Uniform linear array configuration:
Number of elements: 48
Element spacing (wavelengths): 0.25
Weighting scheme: cosine
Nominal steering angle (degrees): -30
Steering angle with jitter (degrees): -31.623
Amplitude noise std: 0.05
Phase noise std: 0.05

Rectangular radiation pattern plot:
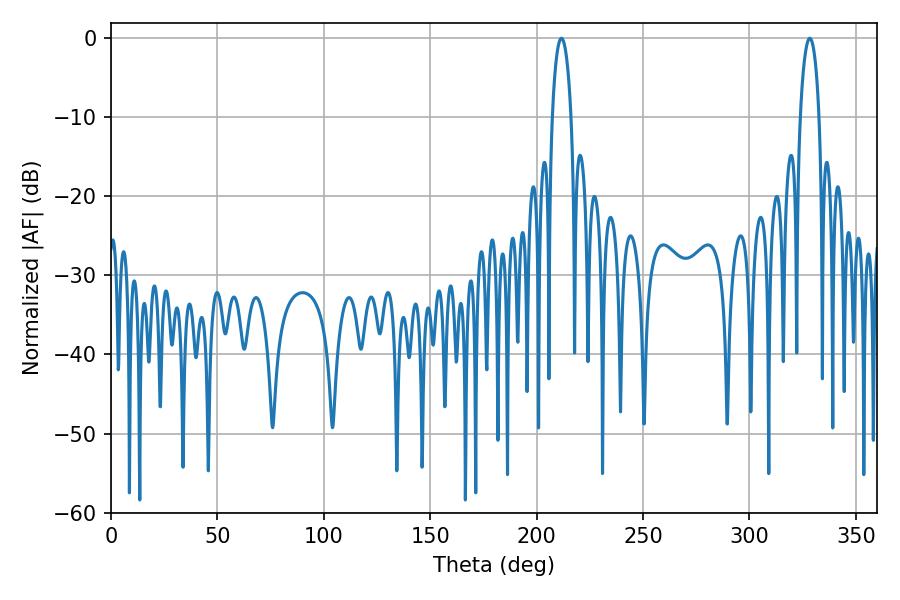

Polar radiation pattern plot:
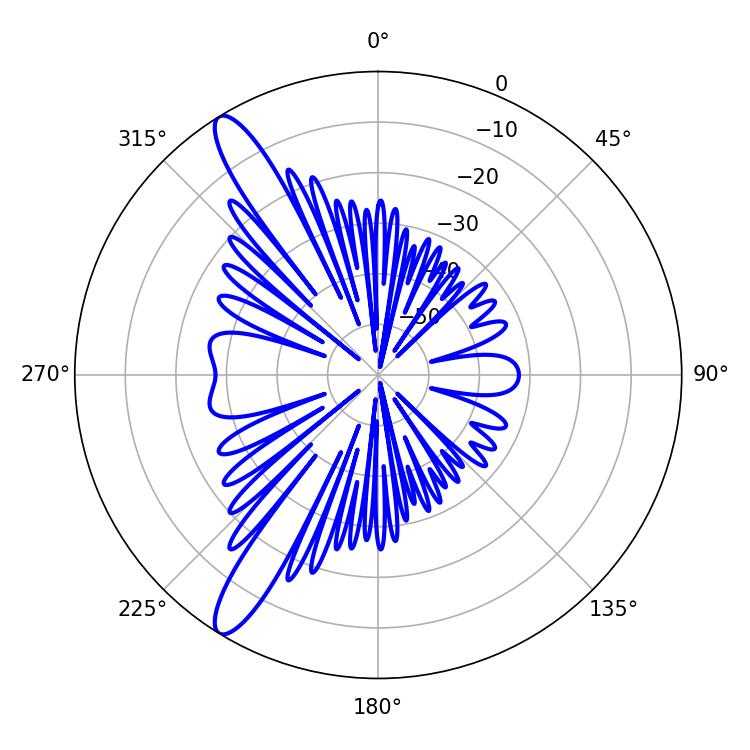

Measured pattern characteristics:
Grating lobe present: FALSE
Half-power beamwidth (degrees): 5.04
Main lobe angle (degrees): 328.32